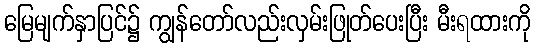
မြေမျက်နှာပြင်၌ ကျွန်တော်လည်းလှမ်းဖြုတ်ပေးပြီး မီးရထားကို